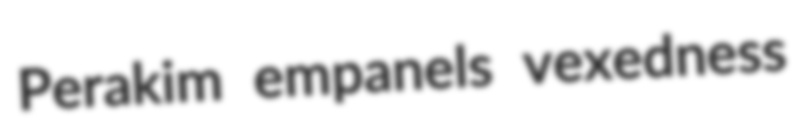
Perakim empanels vexedness